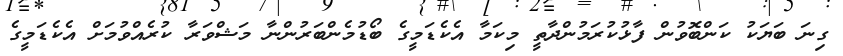
ގިނަ ބަޔަކު ކަންބޮވުން ފާޅުކުރަމުންދާތީ މިކަމާ އެކެޑަމީގެ ބޯޑުމެންބަރުންނާ މަޝްވަރާ ކުރެއްވުމަށް އެކެޑަމީގެ